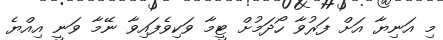
މި އަނިޔާ އަށް ފަރުވާ ހޯދަމުށް ޓީމާ ވަކިވެފައިވާ ނޭމާ ވަނީ އިއްޔެ